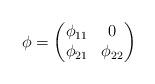
LaTeX: \begin{align*}\phi=\begin{pmatrix}\phi_{11}&0\\\phi_{21}&\phi_{22}\end{pmatrix}\end{align*}